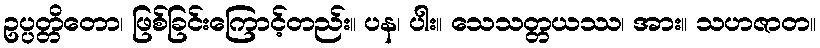
ဥပ္ပတ္တိတော၊ ဖြစ်ခြင်းကြောင့်တည်း။ ပန၊ ပါး။ သေသတ္တယဿ၊ အား။ သဟဇာတ။